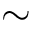
\sim